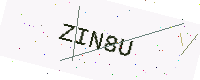
Text: ZIN8U